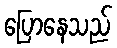
ပြောနေသည်